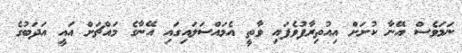
ނަމަވެސް އޭނާ ކުށަށް އިއުތިރާފުވެފައި ވާތީ އެމައްސަލައިގައި އޭނާގެ މައްޗަށް އައީ އަދަބުގެ